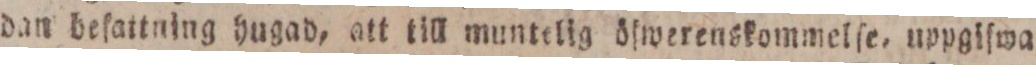
dan befattning hugad, att till muntelig öfwerenskommelſe, uppgiſwa